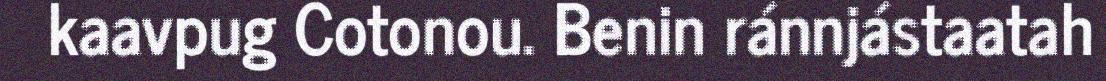
kaavpug Cotonou. Benin ránnjástaatah